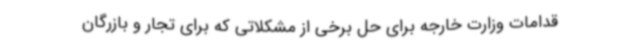
قدامات وزارت خارجه برای حل برخی از مشکلاتی که برای تجار و بازرگان